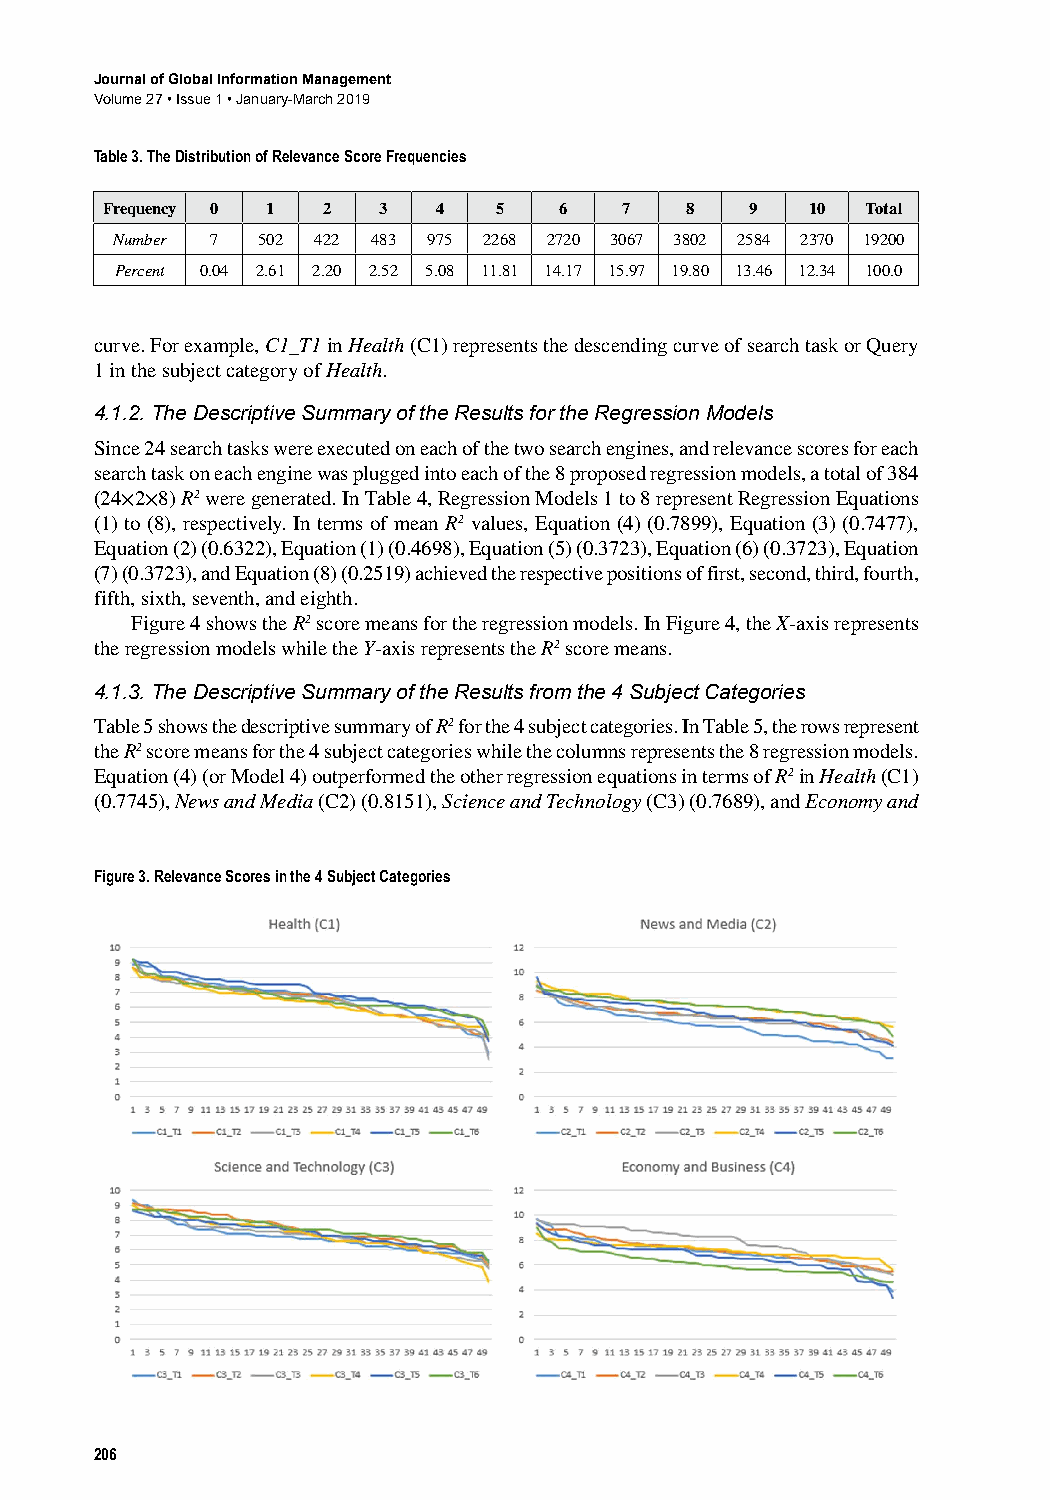
Journal of Global Information Management
 Volume 27 • Issue 1 • January-March 2019
 Table 3. The Distribution of Relevance Score Frequencies
 Frequency 0 1 2   3   4   5   6   7   8    9   10 Total
 Number 7  502 422 483 975 2268 2720 3067 3802 2584 2370 19200
 Percent 0.04 2.61 2.20 2.52 5.08 11.81 14.17 15.97 19.80 13.46 12.34 100.0
 curve.﻿For﻿example,﻿C1_T1﻿in﻿Health﻿(C1)﻿represents﻿the﻿descending﻿curve﻿of﻿search﻿task﻿or﻿Query﻿
 1﻿in﻿the﻿subject﻿category﻿of﻿Health.
 4.1.2. The Descriptive Summary of the Results for the Regression Models
 Since﻿24﻿search﻿tasks﻿were﻿executed﻿on﻿each﻿of﻿the﻿two﻿search﻿engines,﻿and﻿relevance﻿scores﻿for﻿each﻿
 search﻿task﻿on﻿each﻿engine﻿was﻿plugged﻿into﻿each﻿of﻿the﻿8﻿proposed﻿regression﻿models,﻿a﻿total﻿of﻿384﻿
 (24×2×8)﻿R2﻿were﻿generated.﻿In﻿Table﻿4,﻿Regression﻿Models﻿1﻿to﻿8﻿represent﻿Regression﻿Equations﻿
 (1)﻿to﻿(8),﻿respectively.﻿In﻿terms﻿of﻿mean﻿R2﻿values,﻿Equation﻿(4)﻿(0.7899),﻿Equation﻿(3)﻿(0.7477),﻿
 Equation﻿(2)﻿(0.6322),﻿Equation﻿(1)﻿(0.4698),﻿Equation﻿(5)﻿(0.3723),﻿Equation﻿(6)﻿(0.3723),﻿Equation﻿
 (7)﻿(0.3723),﻿and﻿Equation﻿(8)﻿(0.2519)﻿achieved﻿the﻿respective﻿positions﻿of﻿first,﻿second,﻿third,﻿fourth,﻿
 fifth,﻿sixth,﻿seventh,﻿and﻿eighth.
 Figure﻿4﻿shows﻿the﻿R2﻿score﻿means﻿for﻿the﻿regression﻿models.﻿In﻿Figure﻿4,﻿the﻿X-axis﻿represents﻿
 the﻿regression﻿models﻿while﻿the﻿Y-axis﻿represents﻿the﻿R2﻿score﻿means.
 4.1.3. The Descriptive Summary of the Results from the 4 Subject Categories
 Table﻿5﻿shows﻿the﻿descriptive﻿summary﻿of﻿R2﻿for﻿the﻿4﻿subject﻿categories.﻿In﻿Table﻿5,﻿the﻿rows﻿represent﻿
 the﻿R2﻿score﻿means﻿for﻿the﻿4﻿subject﻿categories﻿while﻿the﻿columns﻿represents﻿the﻿8﻿regression﻿models.﻿
 Equation﻿(4)﻿(or﻿Model﻿4)﻿outperformed﻿the﻿other﻿regression﻿equations﻿in﻿terms﻿of﻿R2﻿in﻿Health﻿(C1)﻿
 (0.7745),﻿News and Media﻿(C2)﻿(0.8151),﻿Science and Technology﻿(C3)﻿(0.7689),﻿and﻿Economy and
 Figure 3. Relevance Scores in the 4 Subject Categories
 206